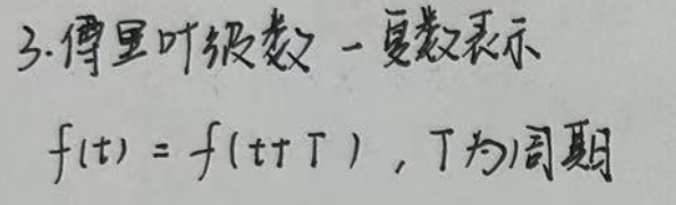
3. 傅里叶级数 - 复数表示

\[
f(t)=f(t + T), T\text{为周期}
\]